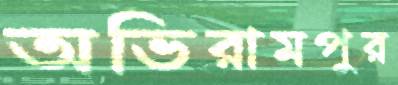
অভিরামপুর